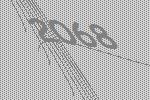
2068